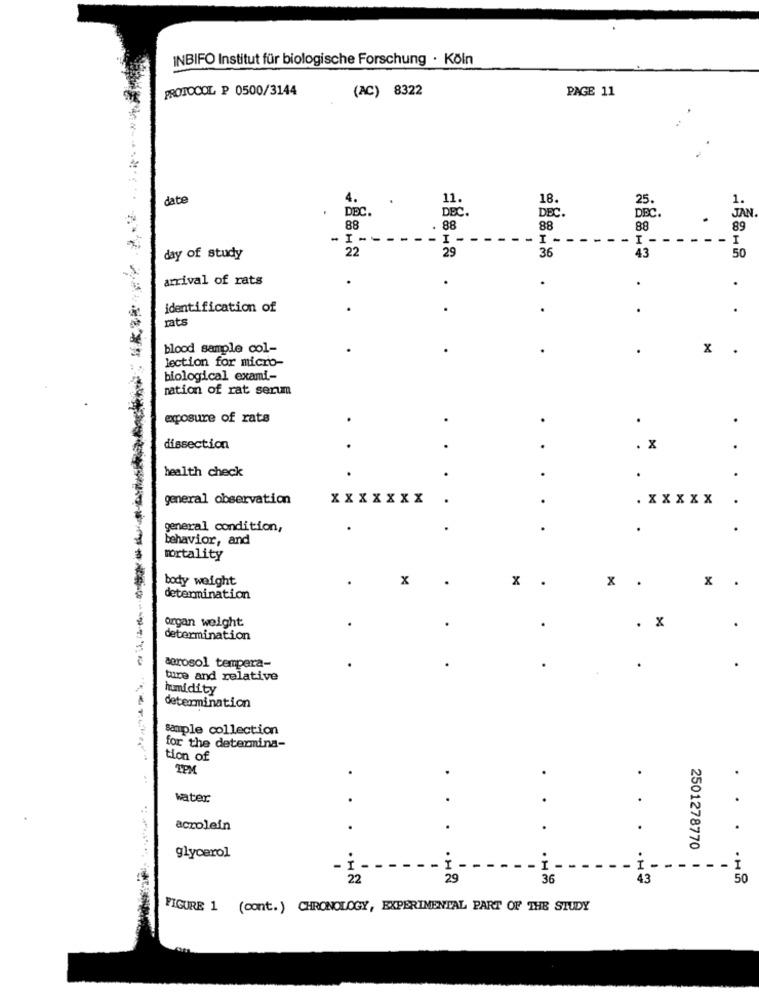
INBIFO Institut für biologische Forschung · Köln
PROTOCOL P 0500/3144
(AC) 8322
PAGE 11
date
4.
18.
1.
DEC.
25.
DEC.
DBC .
DEC.
JAN
88
88
88
88
89
- I
- -
: --
I
-
day of study
22
29
36
43
50
arrival of rats
.
.
identification of
.
.
rat
blood sample col-
.
.
x
lection for micro-
biological exami-
mation of rat serum
exposure of rats
.
.
dissection
.
.
. X
.
health check
.
.
general observation
XXXXXXX
.
.
. XX XXX
general condition,
.
behavior, and
mortality
body weight
x
x
X
.
x .
determination
organ weight
. X
determination
aerosol tempera-
ture and relative
humidity
determination
sample collection
for the determina-
tion of
.
.
water
aczolein
.
.
.
2501278770
glycerol
- I
I -
. H
22
29
36
43
50
FIGURE 1 (cont. ) CHRONOLOGY, EXPERIMENTAL PART OF THE STUDY